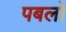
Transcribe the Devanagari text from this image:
पबलो